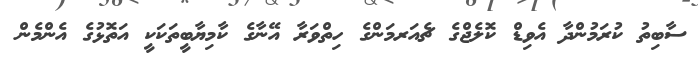
ސާބިތު ކުރަމުންދާ އެވިޑް ކޮލެޖްގެ ޗެއަރމަންގެ ހިތްވަރާ އޭނާގެ ކާމިޔާބީތަކަކީ އަތޮޅުގެ އެންމެން